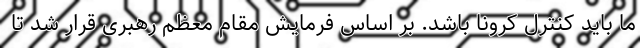
ما باید کنترل کرونا باشد. بر اساس فرمایش مقام معظم رهبری قرار شد تا